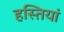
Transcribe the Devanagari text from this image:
हस्‍तियां